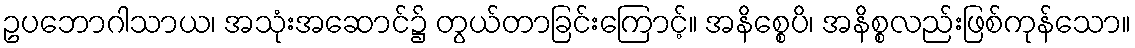
ဥပဘောဂါသာယ၊ အသုံးအဆောင်၌ တွယ်တာခြင်းကြောင့်။ အနိစ္စေပိ၊ အနိစ္စလည်းဖြစ်ကုန်သော။